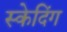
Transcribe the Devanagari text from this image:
स्केदिंग